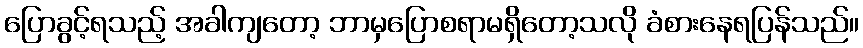
ပြောခွင့်ရသည့် အခါကျတော့ ဘာမှပြောစရာမရှိတော့သလို ခံစားနေရပြန်သည်။